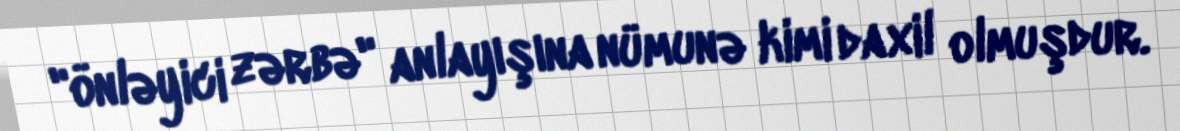
"önləyici zərbə" anlayışına nümunə kimi daxil olmuşdur.